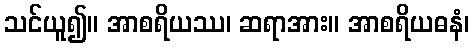
သင်ယူ၍။ အာစရိယဿ၊ ဆရာအား။ အာစရိယဓနံ၊